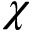
\chi